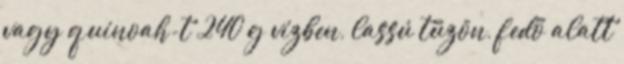
vagy quinoah-t 240 g vízben, lassú tűzön, fedő alatt